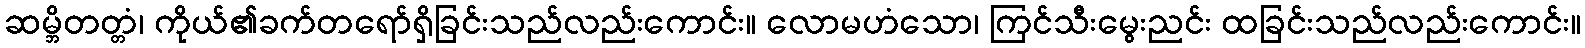
ဆမ္ဘိတတ္တံ၊ ကိုယ်၏ခက်တရော်ရှိခြင်းသည်လည်းကောင်း။ လောမဟံသော၊ ကြင်သီးမွေးညင်း ထခြင်းသည်လည်းကောင်း။